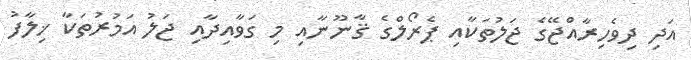
އަދި ދިވެހިރާއްޖޭގެ ޖަލުތަކާއި ޕެރޯލްގެ ޤާނޫނާއި މި ގަވާއިދާއި ޖަލު އަމުރުތަކާ ޚިލާފު